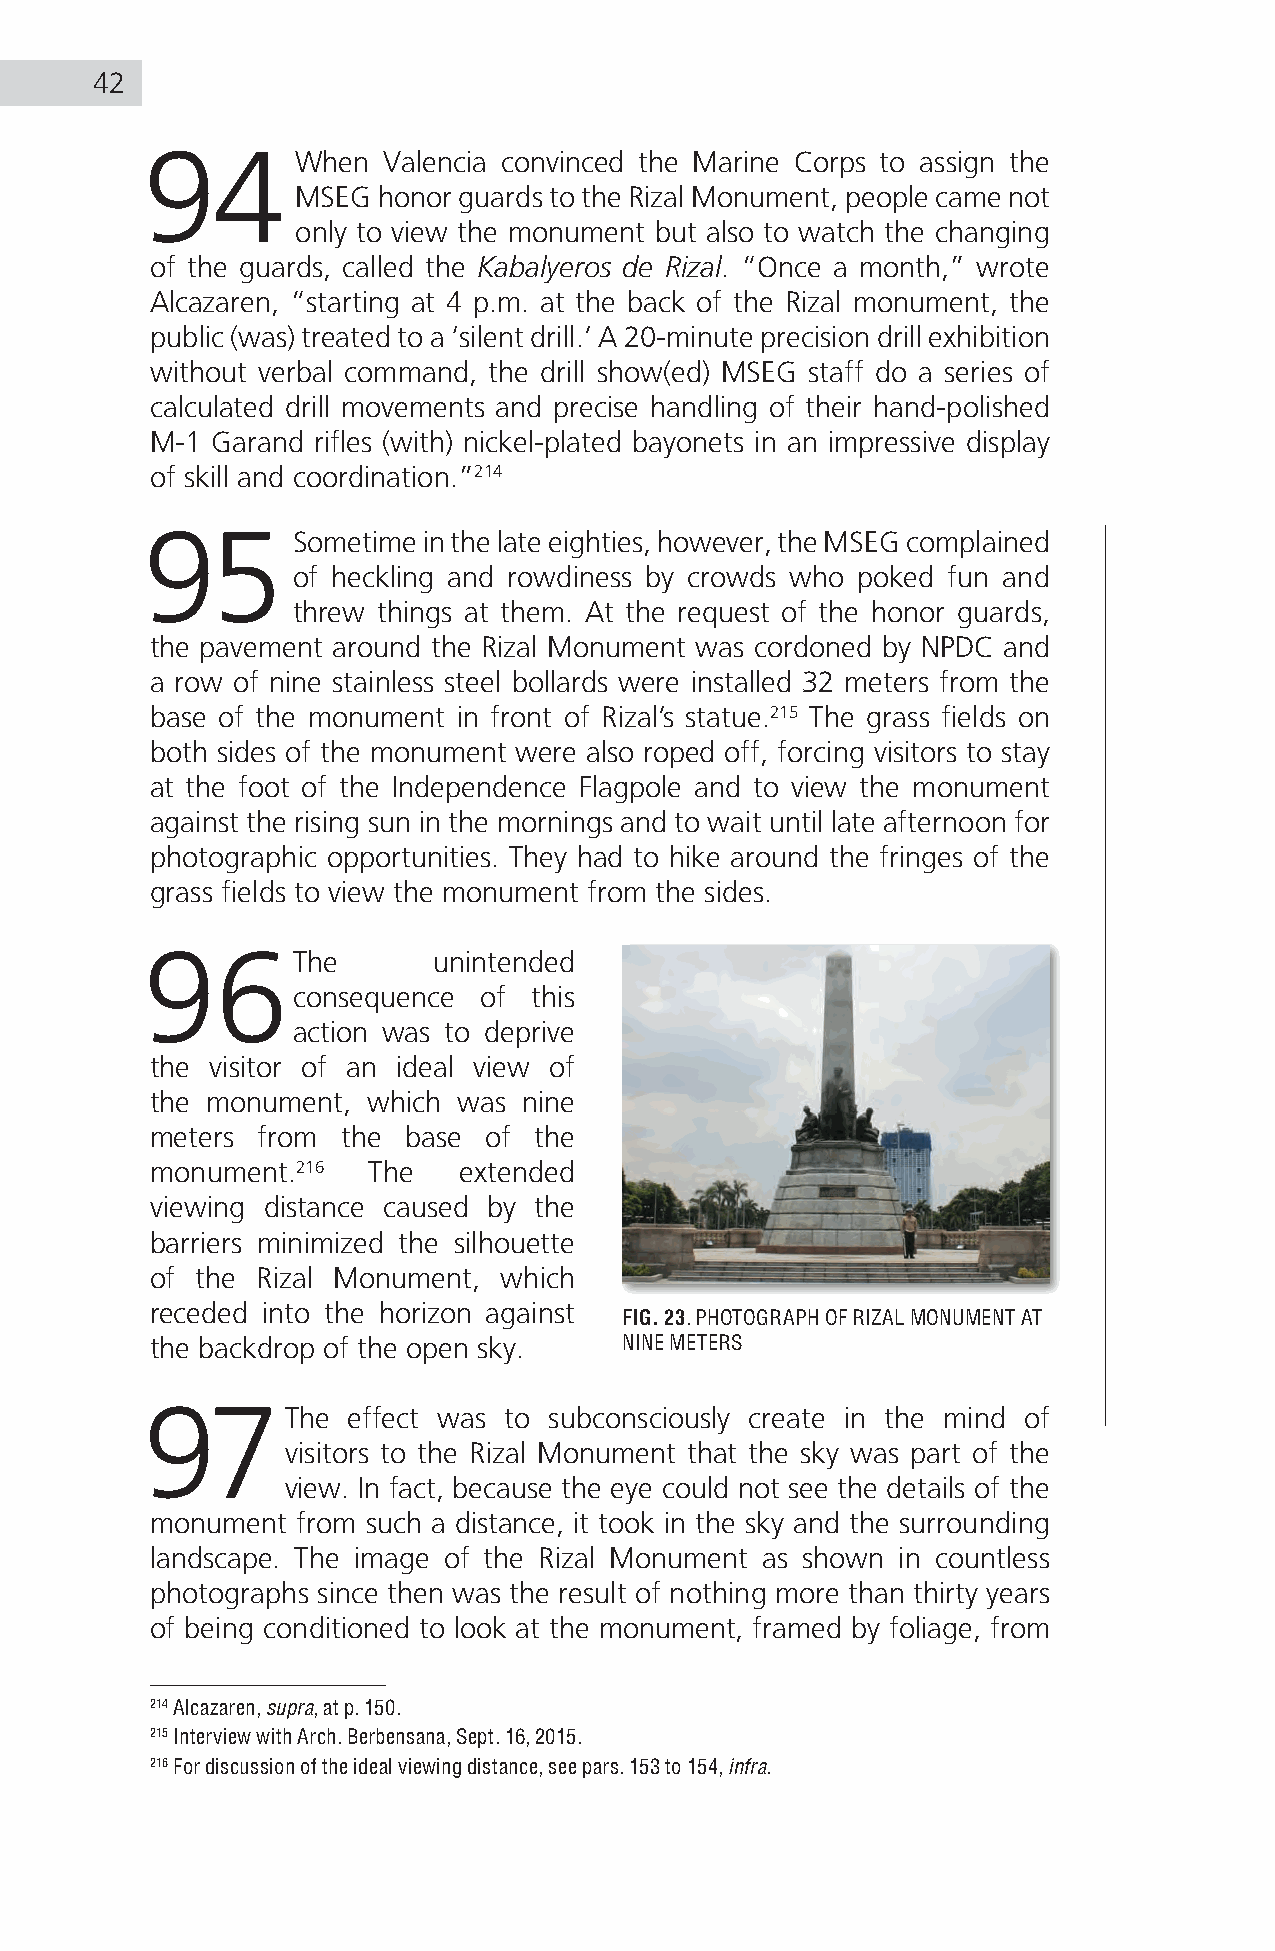
42
 94        When Valencia convinced the Marine Corps to assign the
 MSEG honor guards to the Rizal Monument, people came not
 only to view the monument but also to watch the changing
 of the guards, called the Kabalyeros de Rizal. “Once a month,” wrote
 Alcazaren, “starting at 4 p.m. at the back of the Rizal monument, the
 public (was) treated to a ‘silent drill.’ A 20-minute precision drill exhibition
 without verbal command, the drill show(ed) MSEG staff do a series of
 calculated drill movements and precise handling of their hand-polished
 M-1 Garand rifles (with) nickel-plated bayonets in an impressive display
 of skill and coordination.”214
 95       Sometime in the late eighties, however, the MSEG complained
 of heckling and rowdiness by crowds who poked fun and
 threw things at them. At the request of the honor guards,
 the pavement around the Rizal Monument was cordoned by NPDC and
 a row of nine stainless steel bollards were installed 32 meters from the
 base of the monument in front of Rizal’s statue.215 The grass fields on
 both sides of the monument were also roped off, forcing visitors to stay
 at the foot of the Independence Flagpole and to view the monument
 against the rising sun in the mornings and to wait until late afternoon for
 photographic opportunities. They had to hike around the fringes of the
 grass fields to view the monument from the sides.
 96The              unintended
 consequence  of this
 action was to deprive
 the visitor of an ideal view of
 the monument, which was  nine
 meters from  the base of the
 monument.216  The   extended
 viewing distance caused by the
 barriers minimized the silhouette
 of the Rizal Monument, which
 receded into the horizon against
 FIG. 23. PHOTOGRAPH OF RIZAL MONUMENT AT
 the backdrop of the open sky.  NINE METERS
 97The        effect was to subconsciously create in the mind of
 visitors to the Rizal Monument that the sky was part of the
 view. In fact, because the eye could not see the details of the
 monument  from such a distance, it took in the sky and the surrounding
 landscape. The image of the Rizal Monument as shown in countless
 photographs since then was the result of nothing more than thirty years
 of being conditioned to look at the monument, framed by foliage, from
 214 Alcazaren, supra, at p. 150.
 215 Interview with Arch. Berbensana, Sept. 16, 2015.
 216 For discussion of the ideal viewing distance, see pars. 153 to 154, infra.